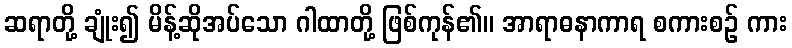
ဆရာတို့ ချုံး၍ မိန့်ဆိုအပ်သော ဂါထာတို့ ဖြစ်ကုန်၏။ အာရာဓနာကာရ စကားစဉ် ကား